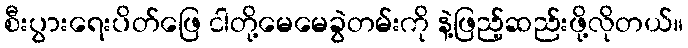
စီးပွားရေးပိတ်ဖြေ ငါတို့မေမေခွဲတမ်းကို နဲ့ဖြည့်ဆည်းဖို့လိုတယ်။